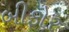
બીફોર